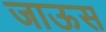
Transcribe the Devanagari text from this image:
जाऊस